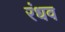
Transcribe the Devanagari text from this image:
रंधव